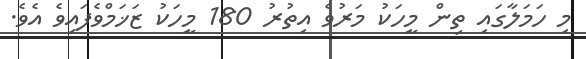
މި ހަމަލާގައި ތިން މީހަކު މަރުވެ އިތުރު 180 މީހަކު ޒަޚަމްވެފައިވެ އެވެ.